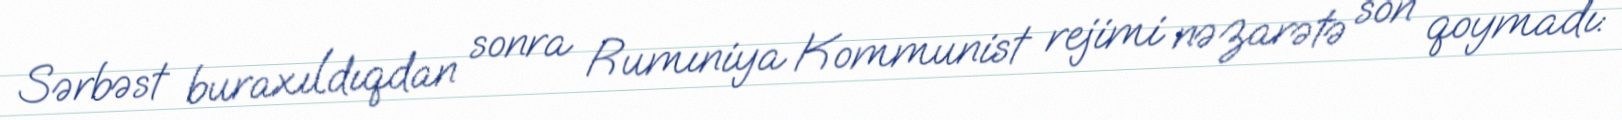
Sərbəst buraxıldıqdan sonra Rumıniya Kommunist rejimi nəzarətə son qoymadı: